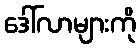
ဒေါ်လာများကို